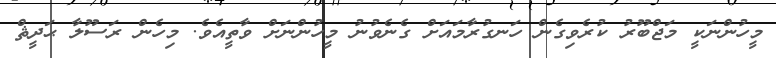
މީހުންނަކީ މަޖްބޫރު ކުރެވިގެން ހަނގުރާމައަށް ގެނެވުނު މީހުންނަށް ވާތީއެވެ. މިހެން ރަސޫލާ ޙަދީޘް